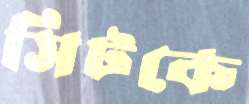
সিটকে